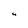
Character: 4